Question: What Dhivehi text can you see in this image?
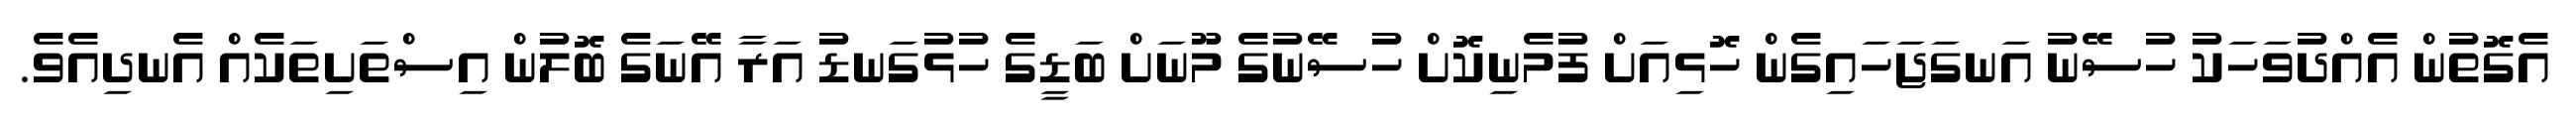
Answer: އެގޮތުން އެއްދުވަހަކު ހުސޭނު އަނގަޖަހައިގެން ހޮޅިއަށް ފުމެނިކޮށް ހުސޭނުގެ މޫނަށް ބަޑީގެ ހުޅުގަނޑު އަރާ އޭނަގެ ބޮލުން އިސްތަށިތަކެއް އެނދިއެވެ.